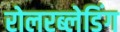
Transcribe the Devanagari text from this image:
रोलरब्लेडिंग